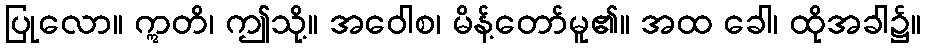
ပြုလော။ ဣတိ၊ ဤသို့။ အဝေါစ၊ မိန့်တော်မူ၏။ အထ ခေါ၊ ထိုအခါ၌။